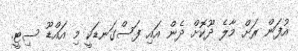
އުފަން ރަށް މާލެ ދޫކޮށް ދެން އައި ފަސްގަނޑަކީ މި އައްޑޫ ސިޓީ.